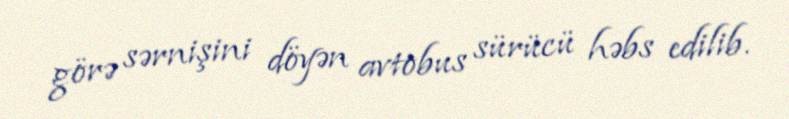
görə sərnişini döyən avtobus sürücü həbs edilib.